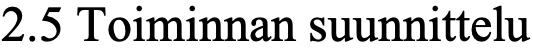
2.5 Toiminnan suunnittelu